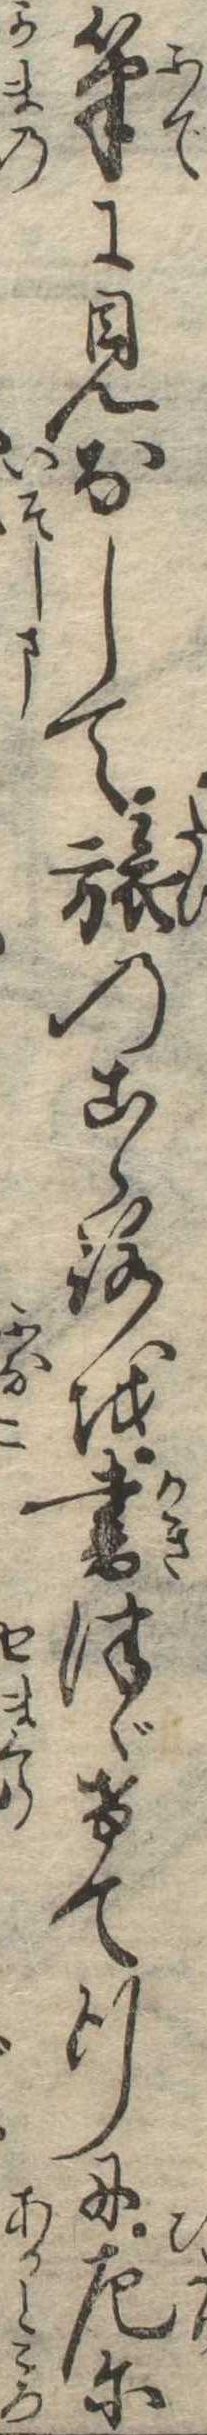
筆に見なして旅のこゝろを書つゞけて行に左に